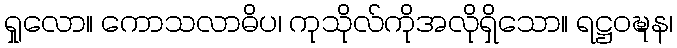
ရှုလော။ ကောသလာဓိပ၊ ကုသိုလ်ကိုအလိုရှိသော။ ရဋ္ဌဝဍ္ဎန၊